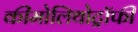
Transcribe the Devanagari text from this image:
कीमोलिथोट्रॉफी